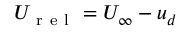
U _ { \mathrm { ~ r ~ e ~ l ~ } } = U _ { \infty } - u _ { d }